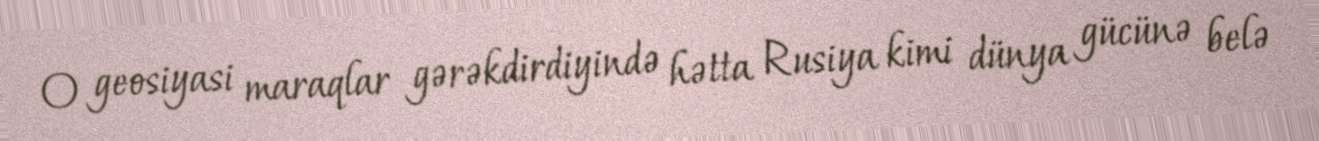
O geosiyasi maraqlar gərəkdirdiyində hətta Rusiya kimi dünya gücünə belə